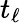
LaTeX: t_{\ell}